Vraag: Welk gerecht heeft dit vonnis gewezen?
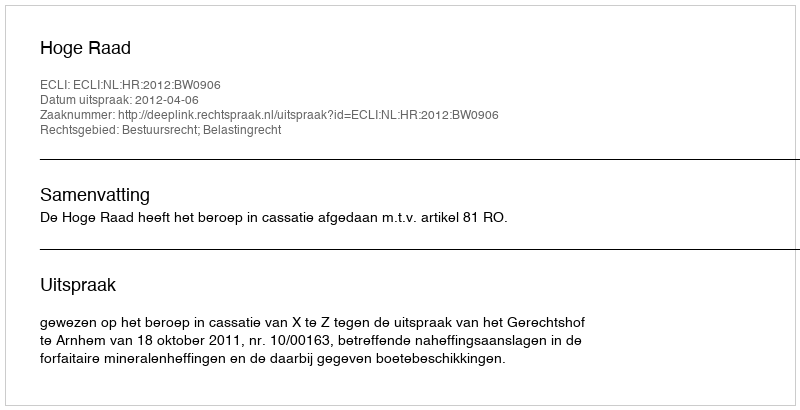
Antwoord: Hoge Raad